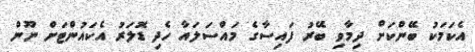
އެކަމަކު ބޭންކަށް ދިމާވި ބޭރު ފައިސާގެ މައްސަލައާ ހެދި ޑޮލަރު އެކައުންޓަށް ނޫން